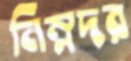
নিম্নদর